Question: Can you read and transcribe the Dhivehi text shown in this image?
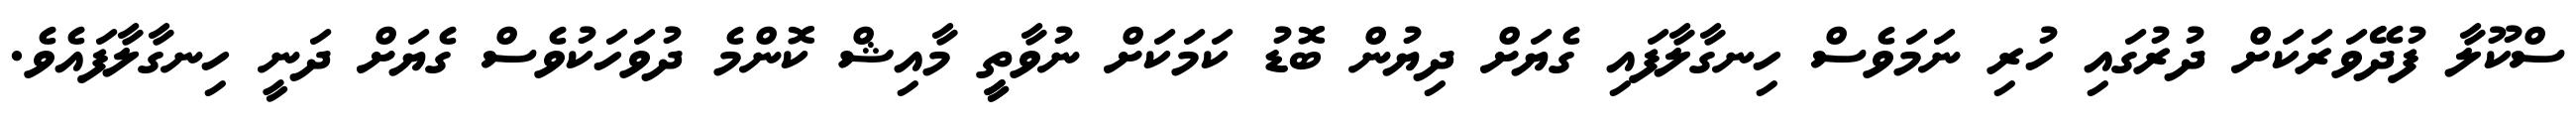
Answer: ސްކޫލާ ފުދޭވަރަކަށް ދުރުގައި ހުރި ނަމަވެސް ހިނގާލާފައި ގެޔަށް ދިޔުން ބޮޑު ކަމަކަށް ނުވާތީީ މާއިޝް ކޮންމެ ދުވަހަކުވެސް ގެޔަށް ދަނީ ހިނގާލާފައެވެ.